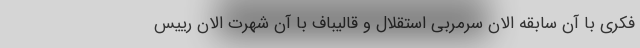
فکری با آن سابقه الان سرمربی استقلال و قالیباف با آن شهرت الان رییس